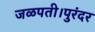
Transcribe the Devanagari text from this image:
जळपती।पुरंदर